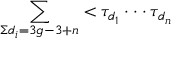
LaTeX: \sum _ { \Sigma d _ { i } = 3 g - 3 + n } < \tau _ { d _ { 1 } } \cdot \cdot \cdot \tau _ { d _ { n } }